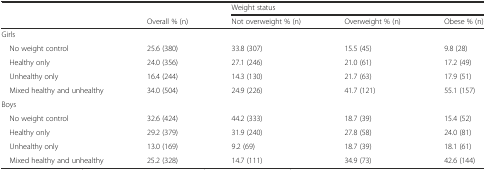
<table><thead><tr><td></td><td></td><td colspan="3"><b>Weight status</b></td></tr><tr><td></td><td><b>Overall % (n)</b></td><td><b>Not overweight % (n)</b></td><td><b>Overweight % (n)</b></td><td><b>Obese % (n)</b></td></tr></thead><tbody><tr><td colspan="5">Girls</td></tr><tr><td> No weight control</td><td>25.6 (380)</td><td>33.8 (307)</td><td>15.5 (45)</td><td>9.8 (28)</td></tr><tr><td> Healthy only</td><td>24.0 (356)</td><td>27.1 (246)</td><td>21.0 (61)</td><td>17.2 (49)</td></tr><tr><td> Unhealthy only</td><td>16.4 (244)</td><td>14.3 (130)</td><td>21.7 (63)</td><td>17.9 (51)</td></tr><tr><td> Mixed healthy and unhealthy</td><td>34.0 (504)</td><td>24.9 (226)</td><td>41.7 (121)</td><td>55.1 (157)</td></tr><tr><td colspan="5">Boys</td></tr><tr><td> No weight control</td><td>32.6 (424)</td><td>44.2 (333)</td><td>18.7 (39)</td><td>15.4 (52)</td></tr><tr><td> Healthy only</td><td>29.2 (379)</td><td>31.9 (240)</td><td>27.8 (58)</td><td>24.0 (81)</td></tr><tr><td> Unhealthy only</td><td>13.0 (169)</td><td>9.2 (69)</td><td>18.7 (39)</td><td>18.1 (61)</td></tr><tr><td> Mixed healthy and unhealthy</td><td>25.2 (328)</td><td>14.7 (111)</td><td>34.9 (73)</td><td>42.6 (144)</td></tr></tbody></table>